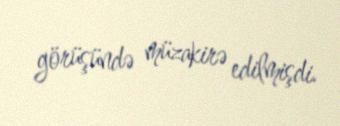
görüşündə müzakirə edilmişdi.